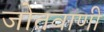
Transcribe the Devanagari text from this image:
जोतवाणी